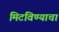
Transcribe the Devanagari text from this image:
मिटविण्याचा